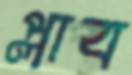
প্লাব